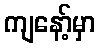
ကျနော့်မှာ